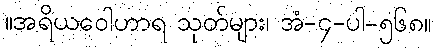
။အရိယဝေါဟာရ သုတ်များ၊ အံ-၄-ပါ-၅၆၈။